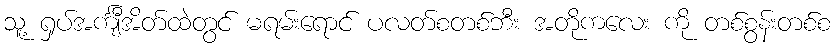
သူ့ ရှပ်အင်္ကျီအိတ်ထဲတွင် မရမ်းရောင် ပလတ်စတစ်ဘီး အတိုကလေး ကို တစ်စွန်းတစ်စ